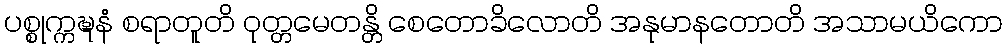
ပစ္စုက္ကဍ္ဎနံ စရာတူတိ ဝုတ္တမေတန္တိ စေတောခိလောတိ အနုမာနတောတိ အသာမယိကော